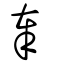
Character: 奉